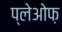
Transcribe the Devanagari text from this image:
प्लेओफ़